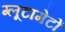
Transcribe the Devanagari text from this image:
ग्लूटामेटों